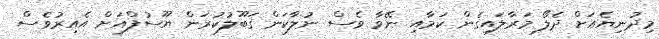
މިދުނިޔެއަށް ދެލޯ މަރާލައިގެން ކަމާއި ނޭވާ ވެސް ނުލާކަން ޤަބޫލުކުރަން ޔޫސުފްއަށް އެއިރުވެސް